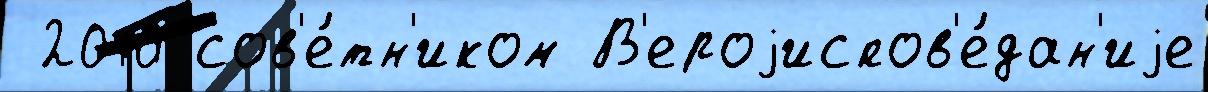
 2010 сов'е́тн'иком В'ероjиспов'е́дан'иjе